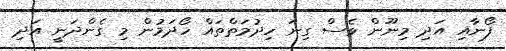
ފޯނާއި އަދި މިނޫން ވެސް ގިނަ ހިދުމަތްތައް ހޯދަމުން މި ގެންދަނީ އަދި